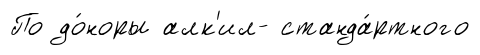
По до́норы алк'ил- станда́ртного